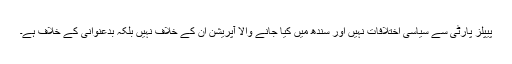
پیپلز پارٹی سے سیاسی اختلافات نہیں اور سندھ میں کیا جانے والا آپریشن ان کے خلاف نہیں بلکہ بدعنوانی کے خلاف ہے۔